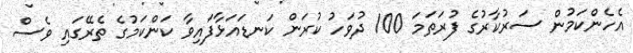
އެހެންކަމުން ސަރުކާރުގެ ފުރަތަމަ 100 ދުވަހު ކުރަން ކަނޑައަޅާފައިވާ ކަންކަމުގެ ތެރޭގައި ވެސް